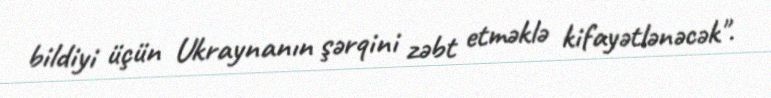
bildiyi üçün Ukraynanın şərqini zəbt etməklə kifayətlənəcək".